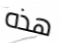
هذه